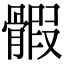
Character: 𩩱